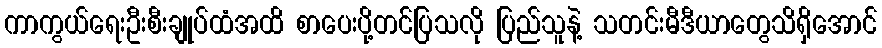
ကာကွယ်ရေးဦးစီးချုပ်ထံအထိ စာပေးပို့တင်ပြသလို ပြည်သူနဲ့ သတင်းမီဒီယာတွေသိရှိအောင်